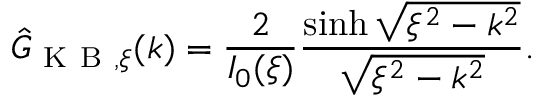
\hat { G } _ { \mathrm { ~ K ~ B ~ } , \xi } ( k ) = \frac { 2 } { I _ { 0 } ( \xi ) } \frac { \sinh \sqrt { \xi ^ { 2 } - k ^ { 2 } } } { \sqrt { \xi ^ { 2 } - k ^ { 2 } } } .